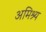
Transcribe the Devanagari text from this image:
अमिश्र्य